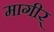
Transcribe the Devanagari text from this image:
मागीर्